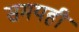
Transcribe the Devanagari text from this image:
समयही